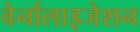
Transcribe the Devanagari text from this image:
वेर्नालाइजेशन